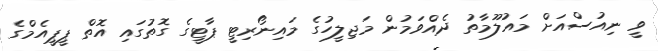
ވީ ނިއުސްއަށް މައުލޫމާތު ދެއްވަމުން މަޖިލީހުގެ މައިނޯރިޓީ ޕާޓީގެ ގޮތުގައި އޮތް ޕީޕީއެމްގެ